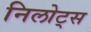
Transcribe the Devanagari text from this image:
निलोट्स